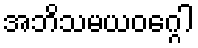
အဘိသမယဝဂ္ဂေါ